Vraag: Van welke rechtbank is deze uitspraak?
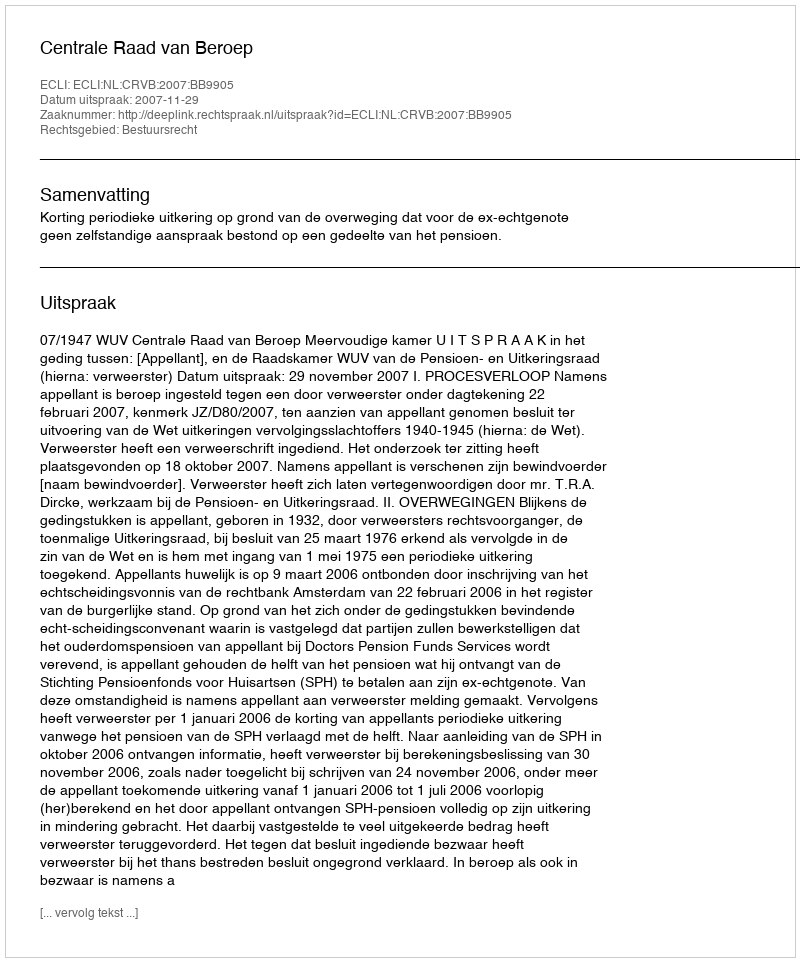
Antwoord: Centrale Raad van Beroep